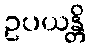
ဥပယန္တိ